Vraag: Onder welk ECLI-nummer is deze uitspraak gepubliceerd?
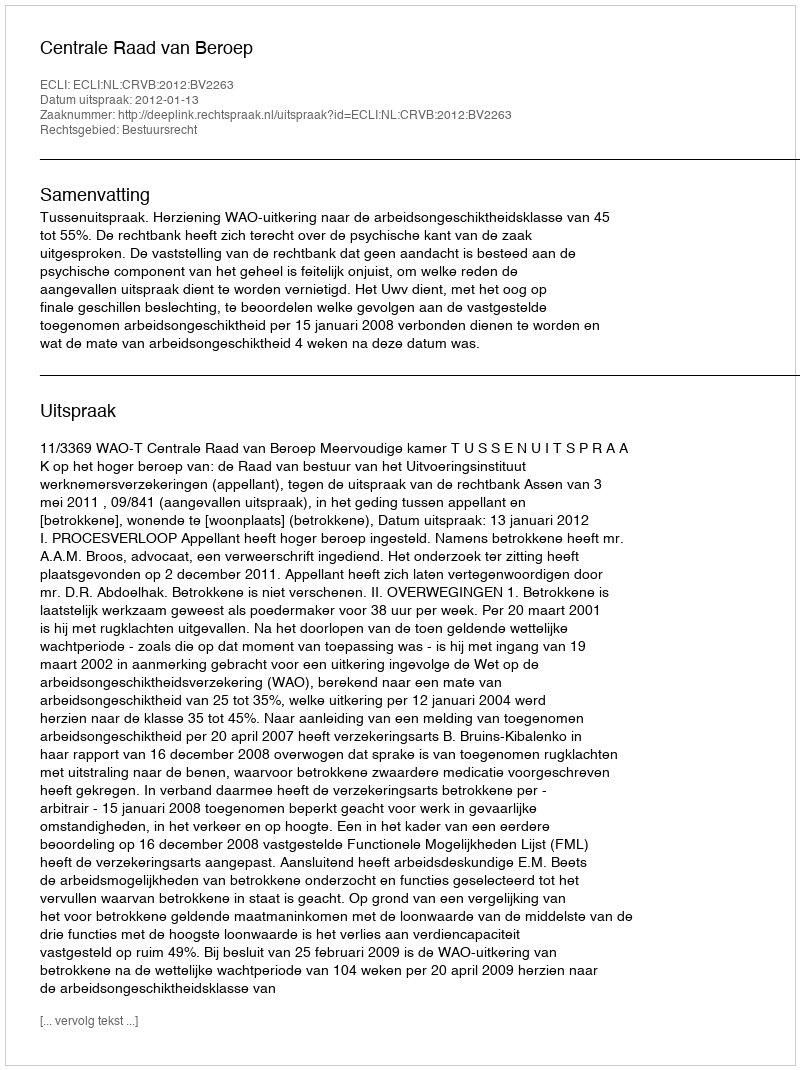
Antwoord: ECLI:NL:CRVB:2012:BV2263